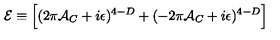
{ \cal E } \equiv \Bigl [ ( 2 \pi { \cal A } _ { C } + i \epsilon ) ^ { 4 - D } + ( - 2 \pi { \cal A } _ { C } + i \epsilon ) ^ { 4 - D } \Bigr ]